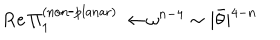
LaTeX: \mathrm { R e } \, \Pi _ { 1 } ^ { \mathrm { ( n o n \mathrm { - } p l a n a r ) } } \rightarrow \omega ^ { n - 4 } \sim | \bar { \theta } | ^ { 4 - n }